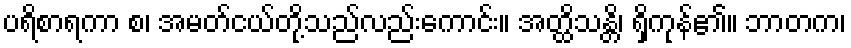
ပရိစာရကာ စ၊ အမတ်ငယ်တို့သည်လည်းကောင်း။ အတ္ထိသန္တိ၊ ရှိကုန်၏။ ဘာတက၊